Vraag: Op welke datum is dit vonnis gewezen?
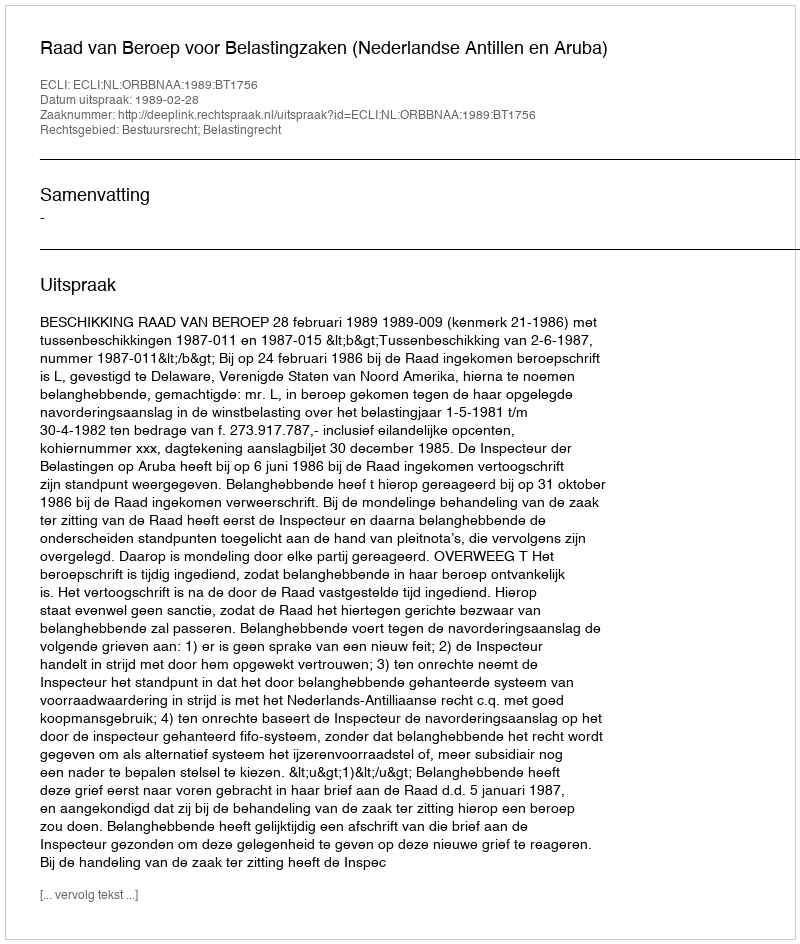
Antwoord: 1989-02-28